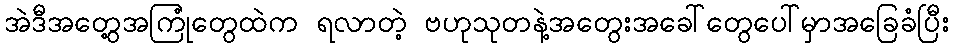
အဲဒီအတွေ့အကြုံတွေထဲက ရလာတဲ့ ဗဟုသုတနဲ့အတွေးအခေါ်တွေပေါ်မှာအခြေခံပြီး